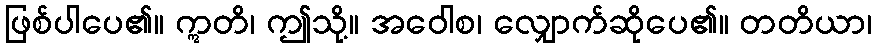
ဖြစ်ပါပေ၏။ ဣတိ၊ ဤသို့။ အဝေါစ၊ လျှောက်ဆိုပေ၏။ တတိယာ၊